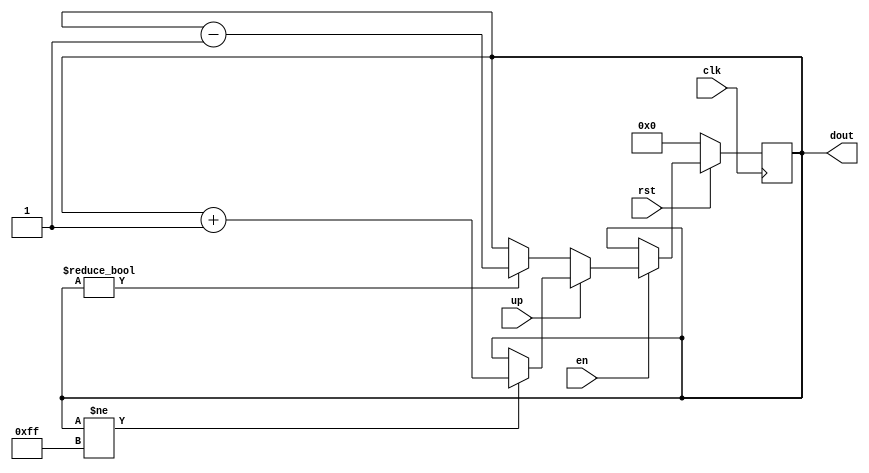
`timescale 1ns / 1ps
module Counter (
    input wire clk,
    input wire rst,
    input wire en,
    input wire up,
    output wire [7:0] dout
);

    reg [7:0] count;

    always @(posedge clk) begin
        if (rst == 0) count <= 8'h00;
        else if (en)
            if (up) begin
                if (count != 8'hff) count <= count + 1;
            end else if (count != 8'h00) count <= count - 1;
    end

    assign dout = count;


endmodule